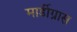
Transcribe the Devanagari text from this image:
मार्डीग्रास